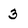
Character: 3